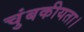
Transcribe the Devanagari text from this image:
चुंबकीयता।